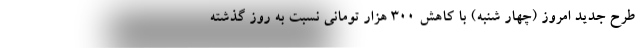
طرح جدید امروز (چهار شنبه) با کاهش ۳۰۰ هزار تومانی نسبت به روز گذشته